Indian Medical Review
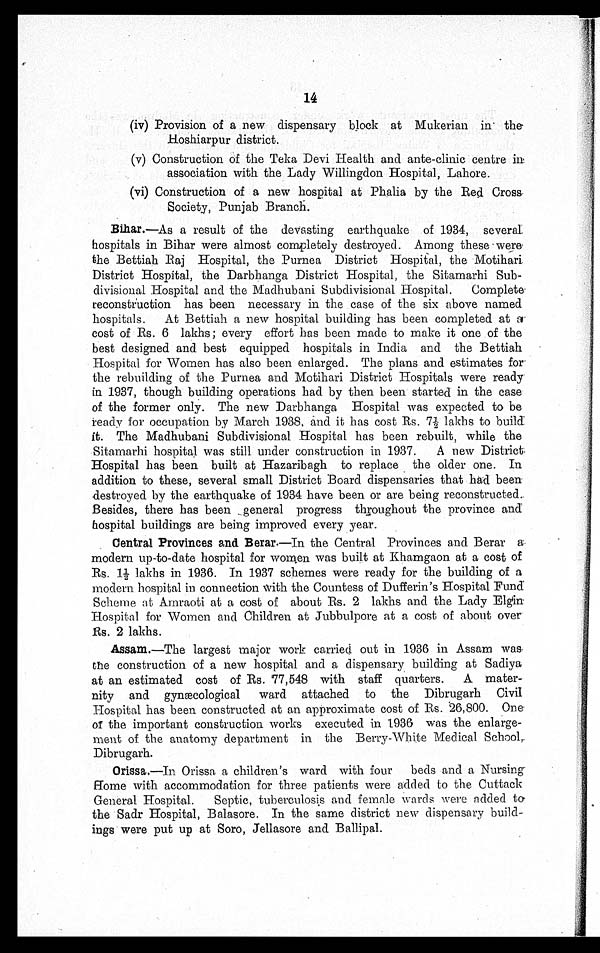
14
(iv) Provision of a new dispensary block at Mukerian in the
Hoshiarpur district.
(v) Construction of the Teka Devi Health and ante-clinic centre in
association with the Lady Willingdon Hospital, Lahore.
(vi) Construction of a new hospital at Phalia by the Red Cross
Society, Punjab Branch.
Bihar.—As a result of the devasting earthquake of 1934, several
hospitals in Bihar were almost completely destroyed. Among these were
the Bettiah Raj Hospital, the Purnea District Hospital, the Motihari.
District Hospital, the Darbhanga District Hospital, the Sitamarhi Sub
-divisional Hospital and the Madhubani Subdivisional Hospital. Complete
reconstruction has been necessary in the case of the six above named
hospitals. At Bettiah a new hospital building has been completed at
a c o s t o f R s . 6 l a k h s ; e v e r y e f f o r t h a s b e e n m a d e t o m a k e i t o n e o f t h e
best designed and best equipped hospitals in India and the Bettiah
Hospital for Women has also been enlarged. The plans and estimates for
the rebuilding of the Purnea and Motihari District Hospitals were ready
in 1937, though building operations had by then been started in the case
of the former only. The new Darbhanga Hospital was expected to be
ready for occupation by March 1938, and it has cost Rs. 7½ lakhs to build
it. The Madhubani Subdivisional Hospital has been rebuilt, while the
Sitamarhi hospital was still under construction in 1937. A new District
Hospital has been built at Hazaribagh to replace the older one. In
addition to these, several small District Board dispensaries that had been
destroyed by the earthquake of 1934 have been or are being reconstructed.
Besides, there has been general progress throughout the province and
hospital buildings are being improved every year.
Central Provinces and Berar.—In the Central Provinces and Berar
modern up-to-date hospital for women was built at Khamgaon at a cost of
Rs. 1½ lakhs in 1936. In 1937 schemes were ready for the building of a
modern hospital in connection with the Countess of Dufferin's Hospital Fund
Scheme at Amraoti at a cost of about Rs. 2 lakhs and the Lady Elgin
Hospital for Women and Children at Jubbulpore at a cost of about over
Rs. 2 lakhs.
Assam.—The largest major work carried out in 1936 in Assam was
the construction of a new hospital and a dispensary building at Sadiya
at an estimated cost of Rs. 77,548 with staff quarters. A mater
-nity and gynæcological ward attached to the Dibrugarh Civil
Hospital has been constructed at an approximate cost of Rs. 26,800. One
of the important construction works executed in 1936 was the enlarge
-ment of the anatomy department in the Berry-White Medical School,
Dibrugarh.
Orissa.—In. Orissa a children's ward with four beds and a Nursing
Home with accommodation for three patients were added to the Cuttack
General Hospital. Septic, tuberculosis and female wards were added to
the Sadr Hospital, Balasore. In the same district new dispensary build
-ings were put up at Soro, Jellasore and Ballipal.